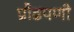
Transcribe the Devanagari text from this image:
प्रौढपणी